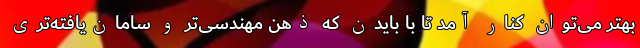
بهتر می‌توان کنار آمد تا با بایدن که ذهن مهندسی‌تر و سامان‌یافته‌تری